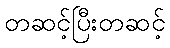
တဆင့်ပြီးတဆင့်